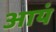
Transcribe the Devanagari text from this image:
आयं